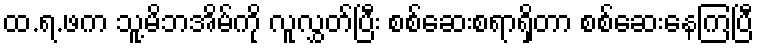
ထ.ရ.ဖက သူ့မိဘအိမ်ကို လူလွှတ်ပြီး စစ်ဆေးစရာရှိတာ စစ်ဆေးနေကြပြီ